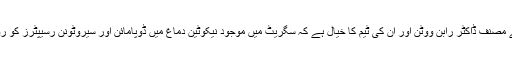
تحقیق کے مصنف ڈاکٹر رابن ووٹن اور ان کی ٹیم کا خیال ہے کہ سگریٹ میں موجود نیکوٹین دماغ میں ڈوپامائن اور سیروٹونن رسیپٹرز کو روکتی ہے۔